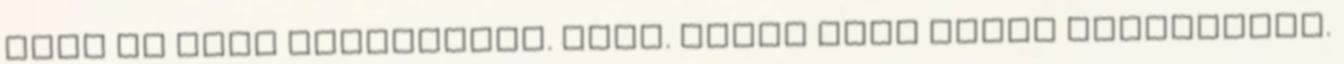
majd az örök üdvösséget. Ámen. Hálát adok neked szüleimért.